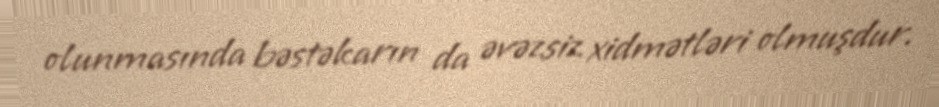
olunmasında bəstəkarın da əvəzsiz xidmətləri olmuşdur.